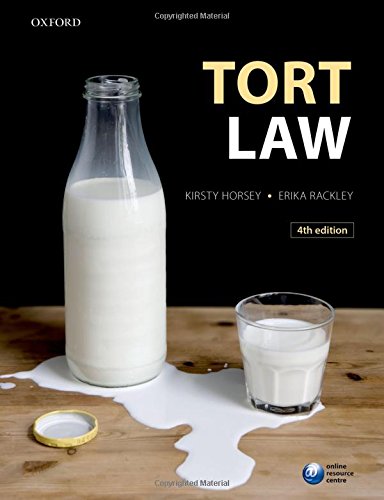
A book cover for Tort Law; Kirsty Horsey; Law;